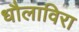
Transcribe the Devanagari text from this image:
धौलाविरा